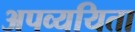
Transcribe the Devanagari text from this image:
अपव्ययिता